Scientific memoirs by medical officers of the Army of India - Part IX,
Year: 1895
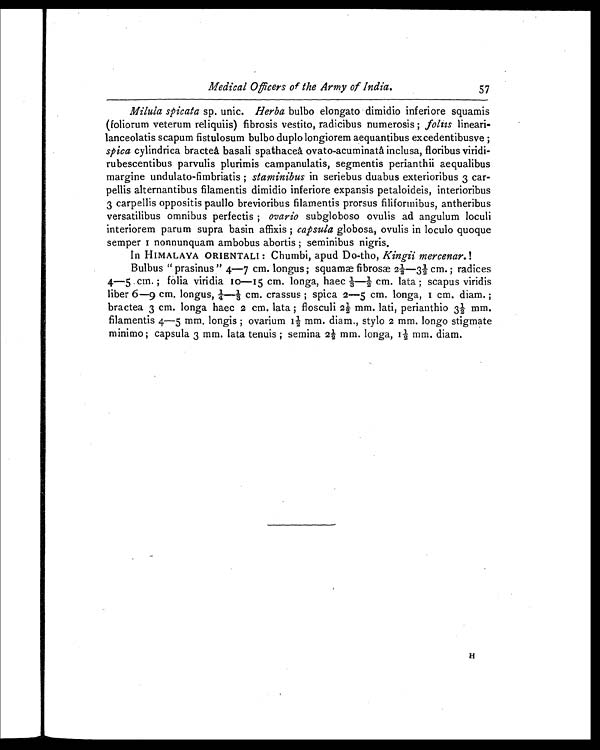
Medical Officers of the Army of India.
57
Milula spicata sp. unic. Herba bulbo elongato dimidio inferiore squamis
(foliorum veterum reliquiis) fibrosis vestito, radicibus numerosis ; foliis lineari-
lanceolatis scapum fistulosum bulbo duplo longiorem aequantibus excedentibusve ;
spica cylindrica bracteâ basali spathaceâ ovato-acuminatâ inclusa, floribus viridi-
rubescentibus parvulis plurimis campanulatis, segmentis perianthii aequalibus
margine undulato-fimbriatis ; staminibus in seriebus duabus exterioribus 3 car-
pellis alternantibus filamentis dimidio inferiore expansis petaloideis, interioribus
3 carpellis oppositis paullo brevioribus filamentis prorsus filiformibus, antheribus
versatilibus omnibus perfectis ; ovario subgloboso ovulis ad angulum loculi
interiorem parum supra basin affixis ;c a p s u l a
g l o b o s a , o v u l i s i n l o c u l o q u o q u e
s e mp e r 1 n o n n u n q u a m a mb o b u s a b o r t i s ; s e mi n i b u s n i g r i s .
In HIMALAYA ORIENTALI : Chumbi, apud Do-tho, Kingii mercenar. !
Bulbus " prasinus " 4—7 cm. longus ; squamæ fibrosæ 2½—3½ cm. ; radices
4—5 cm. ; folia viridia 10—15 cm. longa, haec 1/3—½ cm. lata ; scapus viridis
liber 6—9 cm. longus, ¼—1/3 cm. crassus ; spica 2—5 cm. longa, 1 cm. diam. ;
bractea 3 cm. longa haec 2 cm. lata ; flosculi 2½ mm. lati, perianthio 3½ mm.
filamentis 4—5 mm. longis ; ovarium 1½ mm. diam., stylo 2 mm. longo stigmate
minimo ; capsula 3 mm. lata tenuis ; semina 2½ mm. longa, 1½ mm. diam.